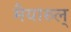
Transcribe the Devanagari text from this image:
मैयारुल्